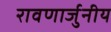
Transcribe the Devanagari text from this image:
रावणार्जुनीय